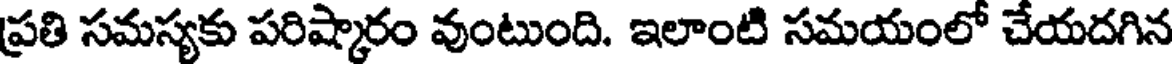
ప్రతి సమస్యకు పరిష్కారం వుంటుంది. ఇలాంటి సమయంలో చేయదగిన